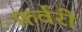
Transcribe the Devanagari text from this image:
फ़र्वरी